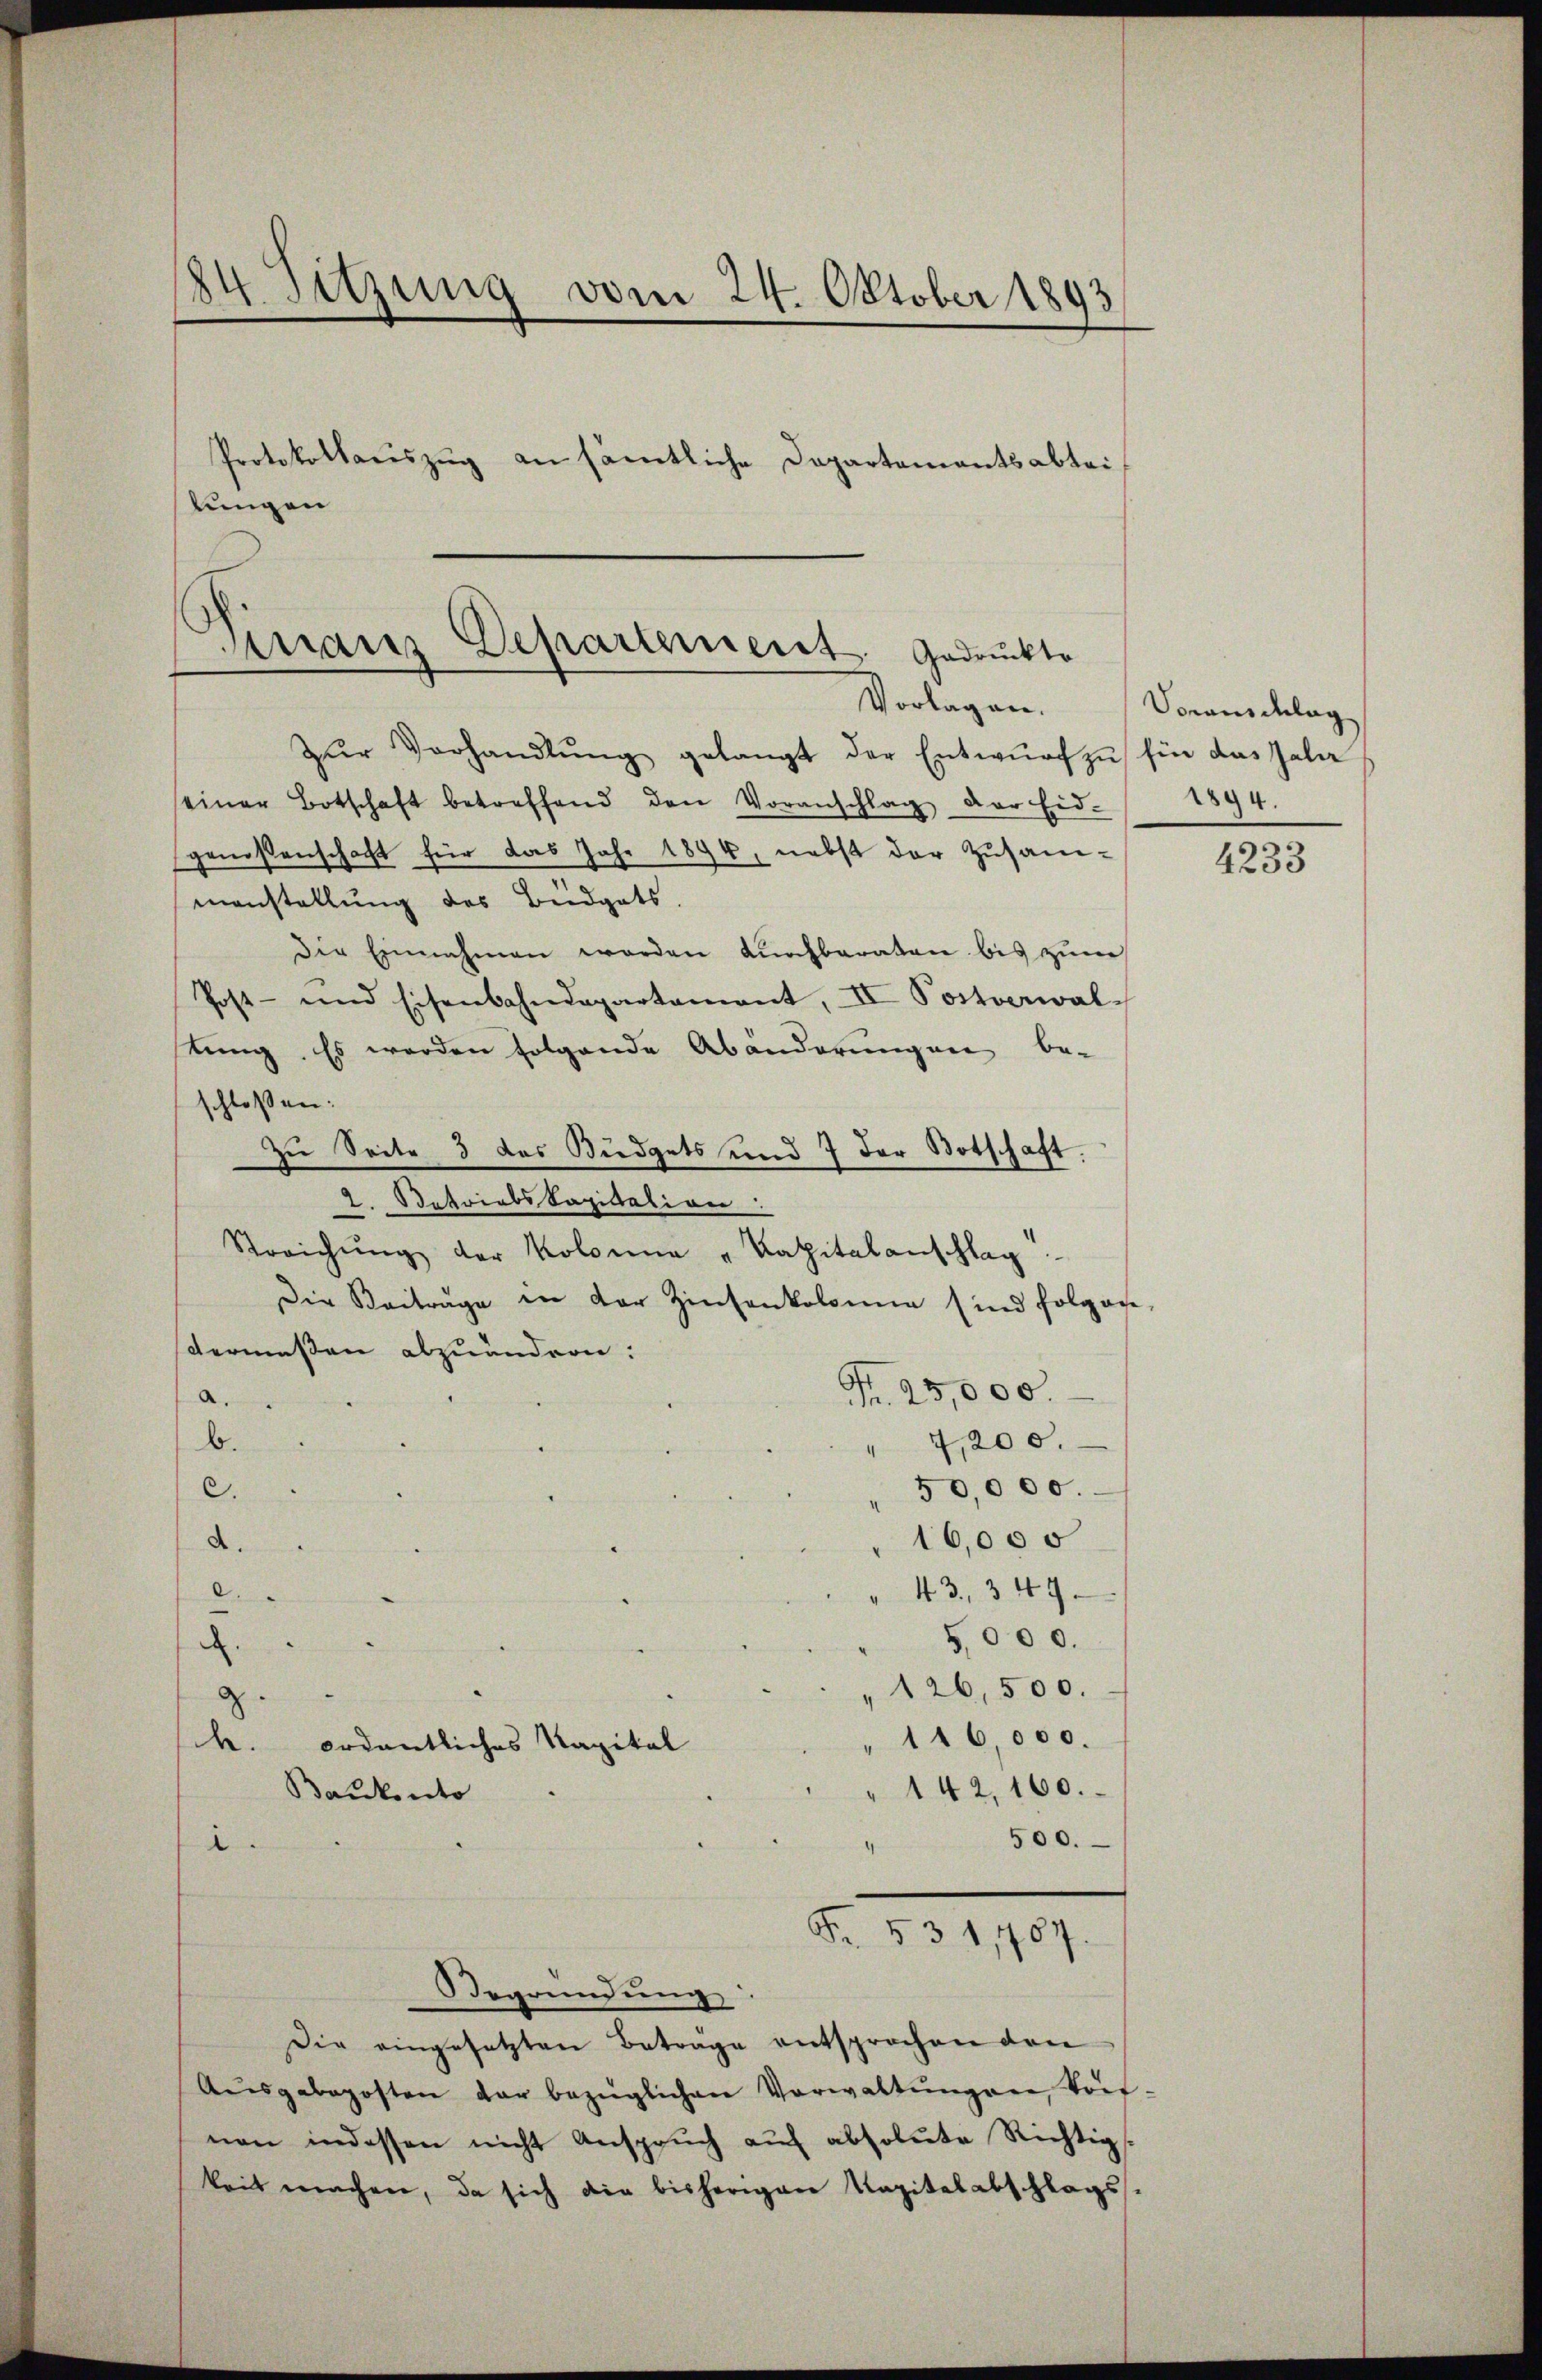
184. Sitzung vom 24. Oktober 1893
Protokollauszug an sämtliche Departementsabtei
lungen
Finanz Departement. Gedruckte
Vorlagen.

Zŭr Verhandlŭng gelangt der Entwŭrf zŭ für das Tala
einer Botschaft betreffend den Voranschlag der Eid- 1894.
genossenschaft für das Jahr 1894, nebst der Zusam-
manstellung des Büdgets.
Die Einnahmen worden durchbaraten bis zum
Post- und Eisenbahndepartament, II Postverwalstung. Es werden folgende Abänderungen be-
schloßen:
zu Seite 3 das Büdgets und 7 der Botschaft.
2. Betriebskapitation
Streichŭng der Kolonia "Kapitalanschlag
Die Beiträge in der Zinsenkolonie sind folgen,
dermassen abzuändern:
Fr. 25,000.
a.
b.
4,200.
C.
50,000.
2.
16,000
43, 347.
.
5,000.
.
126,500.
g.
116,000.
h. ordentliches Kapital
142, 160.
Baukuto
500.
2
Fr. 531,707.
Begründung
Die eingesetzten Beträge entsprochen von
Aŭsgabeposten der bezüglichen Verwaltŭngen Vorf-
nen indessen nicht Anspruch auf absolute Richtigs
keit machen, da sich die bisherigen Kapitalabschlags-

Voranschlag

4233